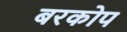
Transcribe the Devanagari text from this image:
बरकोप